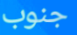
جنوب